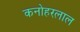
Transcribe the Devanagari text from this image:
कनोहरलाल